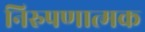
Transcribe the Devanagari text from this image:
निरुपणात्मक